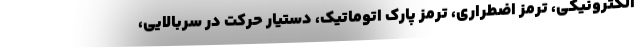
الکترونیکی، ترمز اضطراری، ترمز پارک اتوماتیک، دستیار حرکت در سربالایی،